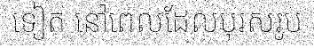
ទៀត នៅពេលដែលបុរសរូប